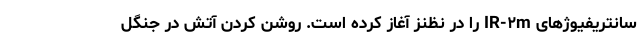
سانتریفیوژهای IR-۲m را در نظنز آغاز کرده است. روشن کردن آتش در جنگل